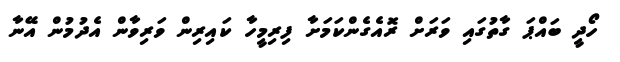
ހޯދީ ބައްޕަ ގާތުގައި ވަރަށް ރޮއެގެންކަމަށާ ފިރިމީހާ ކައިރިން ވަރިވާން އެދުމުން އޭނާ